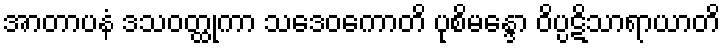
အာတာပနံ ဒသဝတ္ထုကာ သဒေဝကောတိ ပုစိမန္ဒော ဝိပ္ပဋိသာရာယာတိ